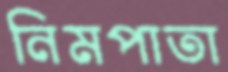
নিমপাতা